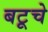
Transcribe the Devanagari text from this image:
बटूचे